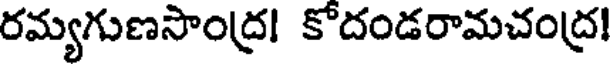
రమ్యగుణసాంద్ర! కోదండరామచంద్ర!